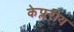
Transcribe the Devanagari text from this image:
केप्लरीय